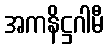
အကနိဋ္ဌဂါမီ